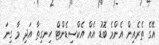
އޭގެ ތެރެއިން އެންމެ ބޮޑު އެއް އެކްސިޑެންޓް ހިނގިތާ އަދި މާ ގިނަ